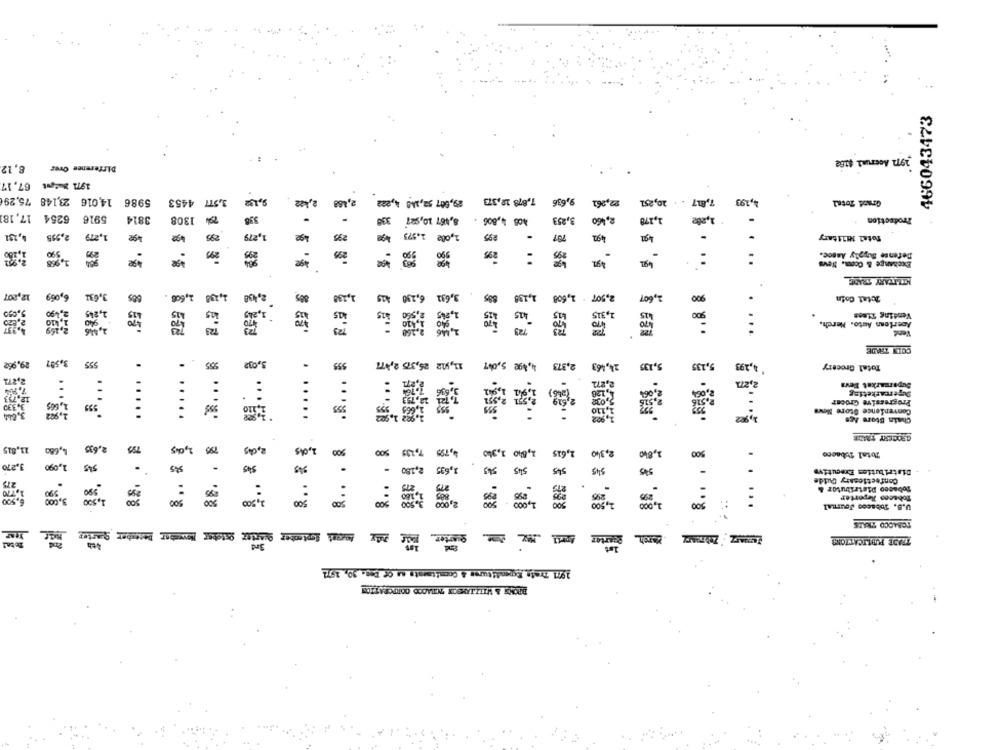
466043473
8,12
Difference Over
1971 Accrunl 4162
1971 Mt 67,17
5986 14,016 23,148 75,29€
3.577 4453
9,192
2,422
2,488
29,907 52,300 4,202
7,878 18,373
9,636
22,261
7,817 . . 20,251
4,193
Grand Total
6254 17,18
5916
3814
294 1308
358
.
330
8,467 10,927
405 4,806
3,253
2,460
1,278
1,262
Production
1,279
Age
1,08€ 1.573
295
6,131
2,955
1,279
492
295
295
.
707
492
Total Military
590
295
990
295
:
:
Defense Buyply Assoc.
1,958
Age
Exchange & Coom. News
MILITARY TRADE
1,438
885
6,290
3,632
12,207
3,631 6,069
1,606
2,408
1,188
Ang
1,198
2,507 . 1,608
1,607
900
Jutal Coin
:050
2.090
2,315
Vending SLess
American Auto. Nerch.
Vend
. ...
COIN TRADE
29,962
3,507
555
.
.
3,0g2
.
555
11,512 25,375 2,477
2,373 4,490 5,007
24,463
5,135
5,135
4,293
Total Grocery
2,271
:
Supermarket Devi
:
:
Supercarketing
1,665
555
:
555
Progressive Groonr
1.902
Convenience Store Neve
Chain Store Age
.....
.....
GROCERY TMADR
11,815
4,680
2,635
795
2,049
1,0%5
4,795 7,235
1,840 1,340
1,615
2,340
1,8kc
500
500
Total Tobacco
3.270
1,090
545
545
545
545
1,635
.
.
2,160
54g
545
545
-
Distribution Executive
Confectionary Duide
990
2.99
:
:
:
Tobacco Distributor &
990
1,500
100
3,900
500
500
2,000
1,900
2,00
500
Tobacco Reporter
U.S. Tobacco Journal
.....
TOBACCO TRADE
Quarter
TRADE PUBLICATIONS
3rd
1st
19/11 Trata Expenditures & Commitments as Of Deg. 90, 1971
BRONS & WILLIAMSON NHADOD CORPORATION